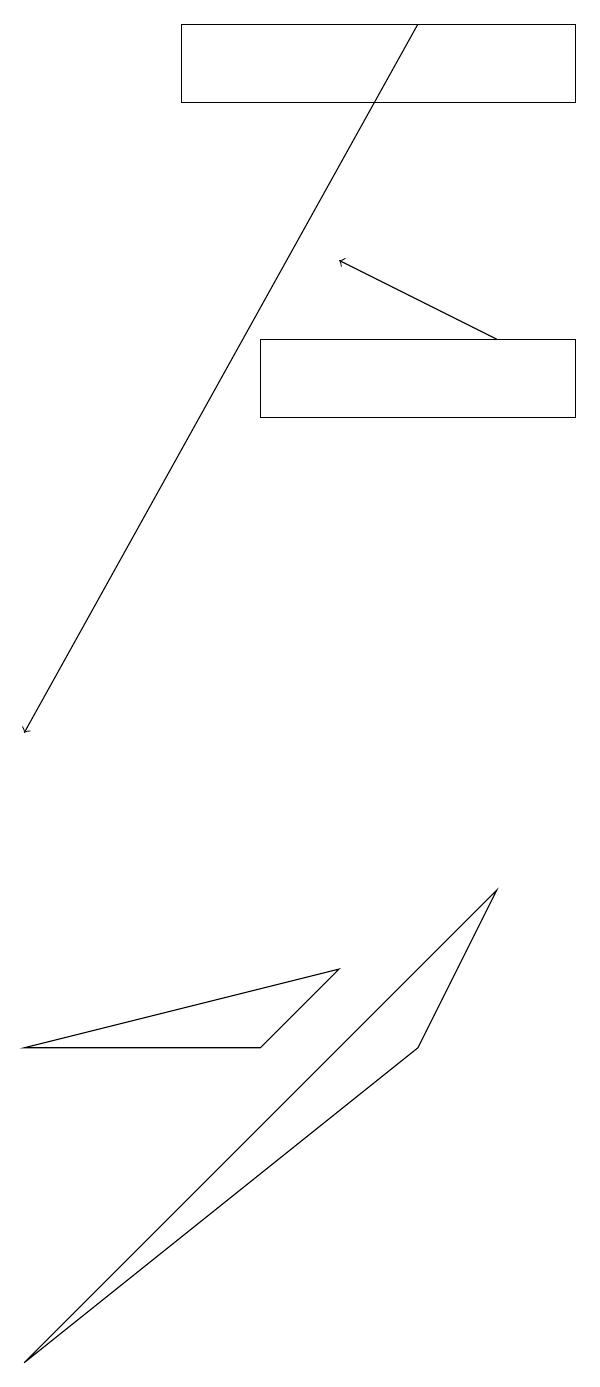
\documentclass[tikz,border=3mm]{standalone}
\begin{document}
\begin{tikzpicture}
\draw[->] (5,19) -- (0,10);
\draw (0,2) -- (5,6) -- (6,8) -- cycle;
\draw (7,14) rectangle (3,15);
\draw (0,6) -- (3,6) -- (4,7) -- cycle;
\draw[->] (6,15) -- (4,16);
\draw (7,19) rectangle (2,18);
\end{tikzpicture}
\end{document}